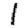
Digit: 1